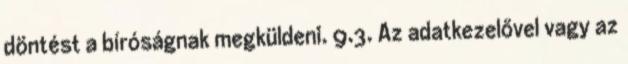
döntést a bíróságnak megküldeni. 9.3. Az adatkezelővel vagy az